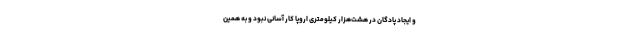
و ایجاد پادگان در هشت‌هزار کیلومتری اروپا کار آسانی نبود و به همین